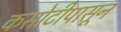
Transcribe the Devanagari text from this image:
कसोटीपासून